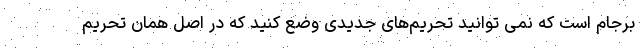
برجام است که نمی توانید تحریم‌های جدیدی وضع کنید که در اصل همان تحریم